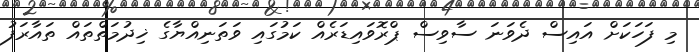
މި ފަހަކަށް އައިސް ދެވަނަ ސާވިސް ޕްރޮވައިޑަރެއް ކަމުގައި ވަތަނިއްޔާގެ ޚިދުމަތްތައް ތައާރަފު